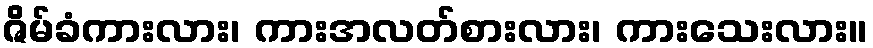
ဇိမ်ခံကားလား၊ ကားအလတ်စားလား၊ ကားသေးလား။